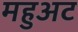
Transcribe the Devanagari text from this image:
महुअट